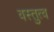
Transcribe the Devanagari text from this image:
वस्तुत्व